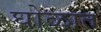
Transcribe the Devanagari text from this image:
घोळात